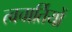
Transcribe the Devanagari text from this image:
त्वचार्तियों